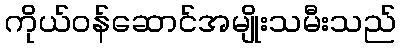
ကိုယ်ဝန်ဆောင်အမျိုးသမီးသည်